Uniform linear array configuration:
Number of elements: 64
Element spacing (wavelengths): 0.5
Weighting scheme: hann
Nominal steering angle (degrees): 0
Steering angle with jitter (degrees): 1.098
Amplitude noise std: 0.05
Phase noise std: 0.05

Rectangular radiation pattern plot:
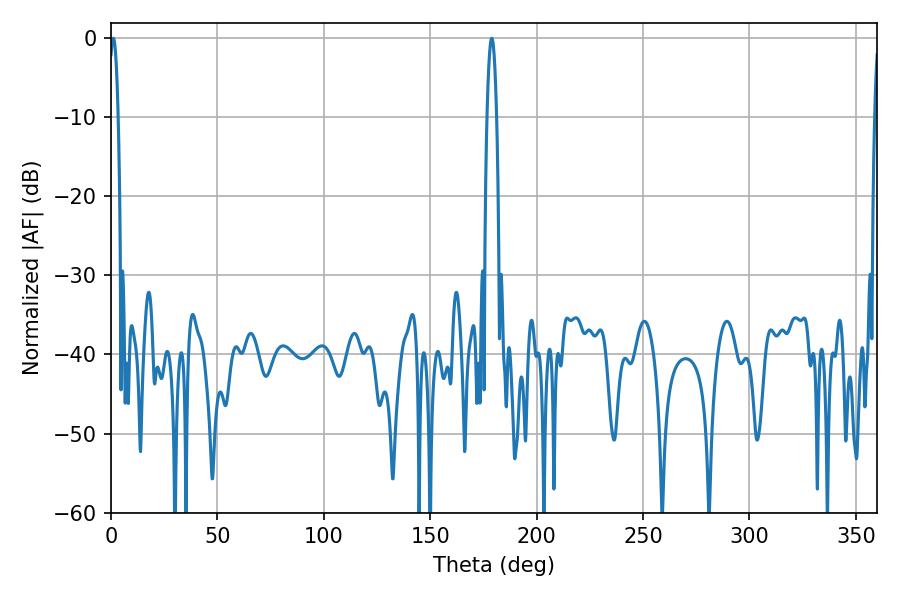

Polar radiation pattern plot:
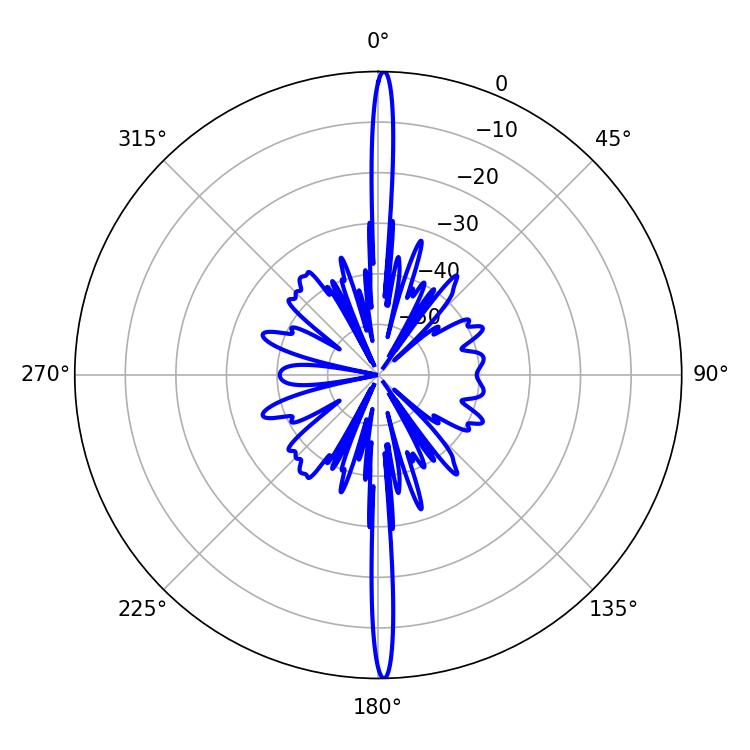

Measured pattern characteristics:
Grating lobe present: FALSE
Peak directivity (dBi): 30.527
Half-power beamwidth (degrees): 2.34
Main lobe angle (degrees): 1.08